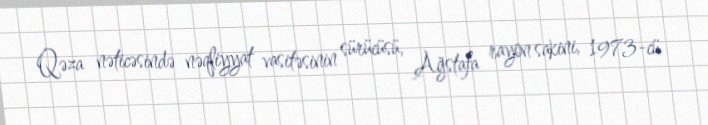
Qəza nəticəsində nəqliyyat vasitəsinin sürücüsü, Ağstafa rayon sakini, 1973-cü